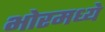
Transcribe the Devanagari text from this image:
भोरमध्ये